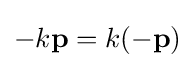
-k\mathbf {p} =k(-\mathbf {p} )